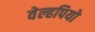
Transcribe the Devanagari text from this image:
वेल्हपियो